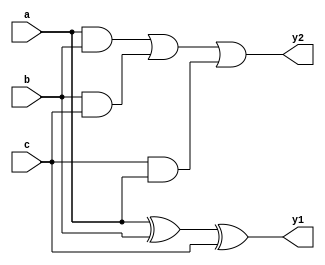
`timescale 1ns / 1ps
//////////////////////////////////////////////////////////////////////////////////
// Company: 
// Engineer: 
// 
// Design Name: 
// Module Name: CSA
// Project Name: 
// Target Devices: 
// Tool Versions: 
// Description: 
// 
// Dependencies: 
// 
// Revision:
// Revision 0.01 - File Created
// Additional Comments:
// 
//////////////////////////////////////////////////////////////////////////////////


module CSA #(
    parameter WIDTH = 64
)(
    input       [WIDTH-1: 0]     a,
    input       [WIDTH-1: 0]     b,
    input       [WIDTH-1: 0]     c,
    output      [WIDTH-1: 0]     y1,
    output      [WIDTH-1: 0]     y2
);
    assign y1 = a ^ b ^ c;
    assign y2 = (a & b) | (b & c) | (c & a);
endmodule